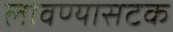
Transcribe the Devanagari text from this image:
लावण्यासटक